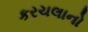
કરચલાનો